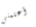
أعلمني